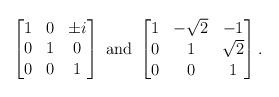
LaTeX: \begin{align*}\begin{bmatrix} 1 & 0 & \pm i\\ 0 & 1 & 0\\0 & 0 & 1\end{bmatrix}\mbox{ and }\begin{bmatrix}1 & -\sqrt{2} & -1\\ 0 & 1 & \sqrt{2}\\0 & 0 & 1\end{bmatrix}.\end{align*}